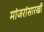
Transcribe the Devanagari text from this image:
मांजरांसारखी